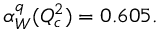
\alpha _ { W } ^ { q } ( Q _ { c } ^ { 2 } ) = 0 . 6 0 5 .